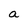
Character: a